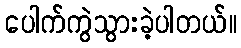
ပေါက်ကွဲသွားခဲ့ပါတယ်။